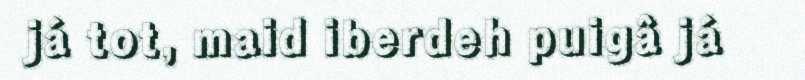
já tot, maid iberdeh puigâ já